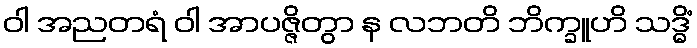
ဝါ အညတရံ ဝါ အာပဇ္ဇိတွာ န လဘတိ ဘိက္ခူဟိ သဒ္ဓိံ